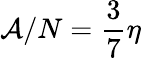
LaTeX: \mathcal{A}/N=\frac{3}{7}\eta